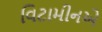
વિટામીનએ